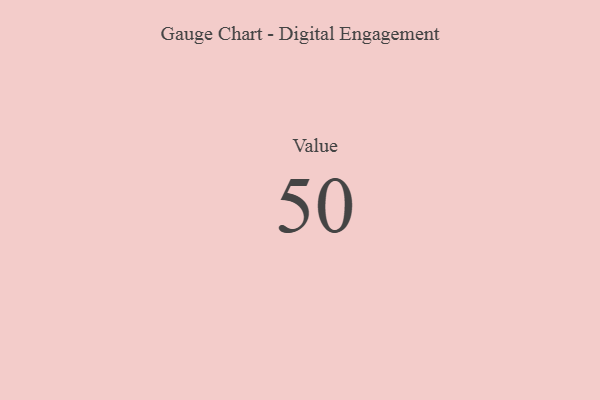
{"axis": {"x": "Metric", "y": "Value"}, "legend": [""], "data": [{"x": "Value", "y": 50, "type": ""}]}